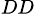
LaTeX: _{DD}